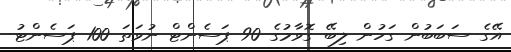
އޭގެ ސަބަބުން ގަހުން ލިބޭ ގޮވާމުގެ 90 ޕަސެންޓް ނުވަތަ 100 ޕަސެންޓު